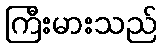
ကြီးမားသည်